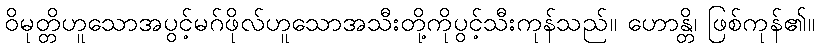
ဝိမုတ္တိဟူသောအပွင့်မဂ်ဖိုလ်ဟူသောအသီးတို့ကိုပွင့်သီးကုန်သည်။ ဟောန္တိ၊ ဖြစ်ကုန်၏။